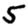
Digit: 5